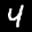
Label: 4